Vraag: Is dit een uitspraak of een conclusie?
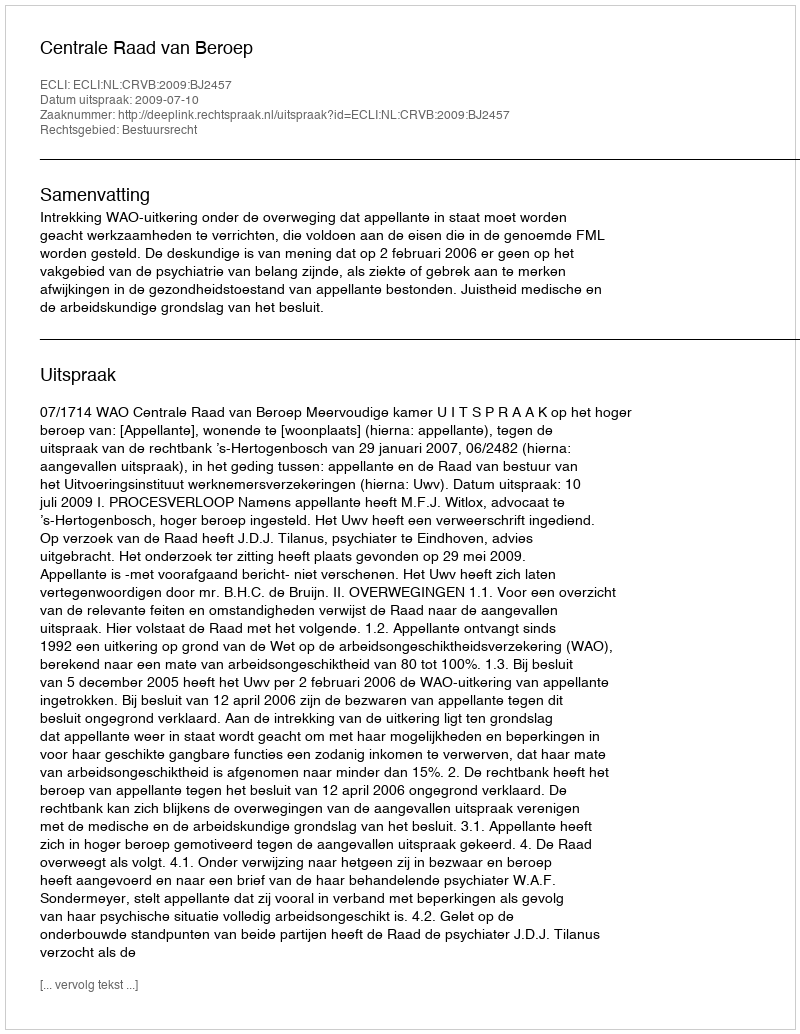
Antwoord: Uitspraak